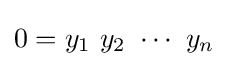
0=y_{1}\ y_{2}\ \cdots \ y_{n}